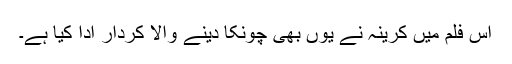
اس فلم میں کرینہ نے یوں بھی چونکا دینے والا کردار ادا کیا ہے۔